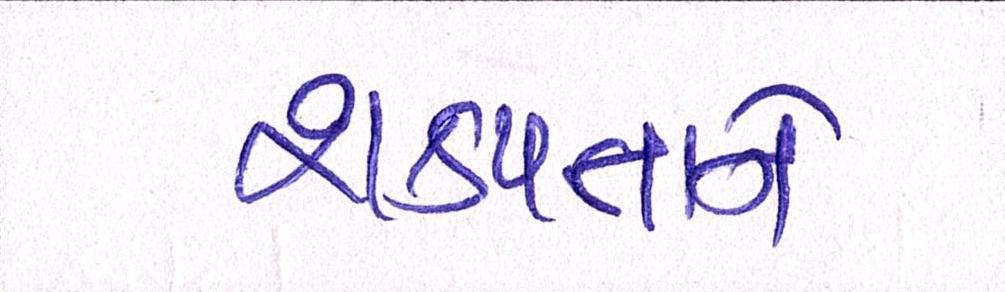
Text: શક્યતાને